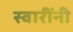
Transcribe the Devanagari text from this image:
स्वारींनी